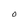
Character: O